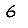
Digit: 6